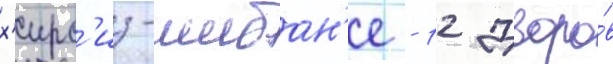
х'ирс'из-шибан'е - 12 дворо́в